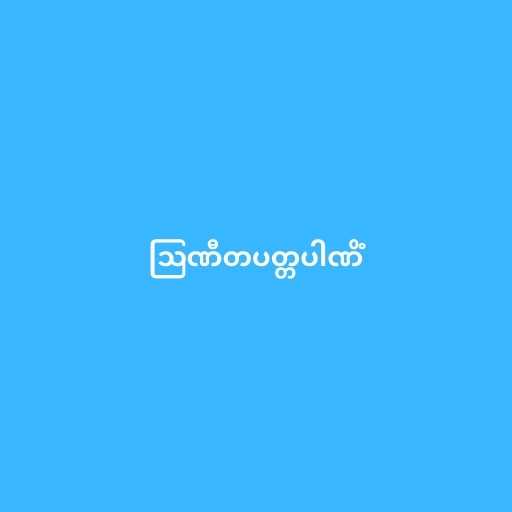
ဩဏီတပတ္တပါဏိံ